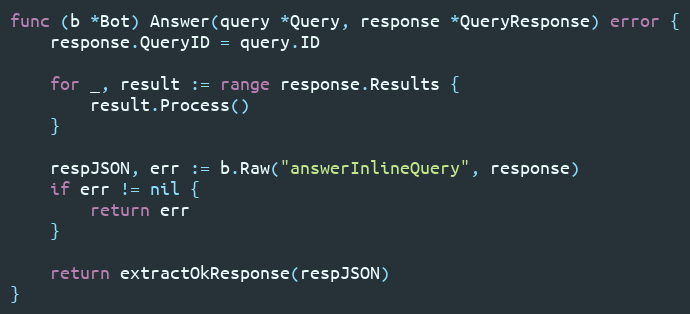
Language: Go
func (b *Bot) Answer(query *Query, response *QueryResponse) error {
	response.QueryID = query.ID

	for _, result := range response.Results {
		result.Process()
	}

	respJSON, err := b.Raw("answerInlineQuery", response)
	if err != nil {
		return err
	}

	return extractOkResponse(respJSON)
}